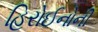
હિરોઈનોની